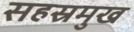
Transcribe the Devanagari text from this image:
सहस्रमुख